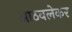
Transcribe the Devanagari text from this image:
आठवलेकर